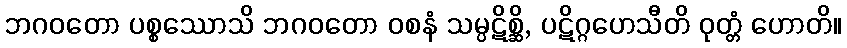
ဘဂဝတော ပစ္စဿောသိ ဘဂဝတော ဝစနံ သမ္ပဋိစ္ဆိ, ပဋိဂ္ဂဟေသီတိ ဝုတ္တံ ဟောတိ။